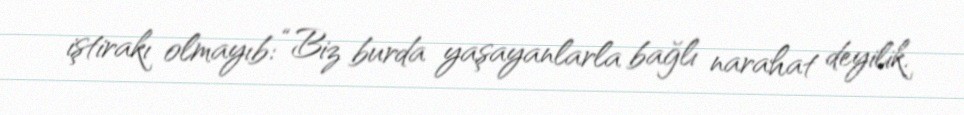
iştirakı olmayıb: “Biz burda yaşayanlarla bağlı narahat deyilik.